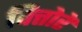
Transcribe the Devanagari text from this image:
वित्तोरे